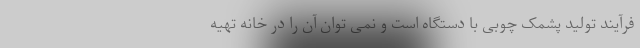
فرآیند تولید پشمک چوبی با دستگاه است و نمی توان آن را در خانه تهیه